Annual report on the working of the mental hospitals in the Madras Presidency - 1912-1932
Year: 1912
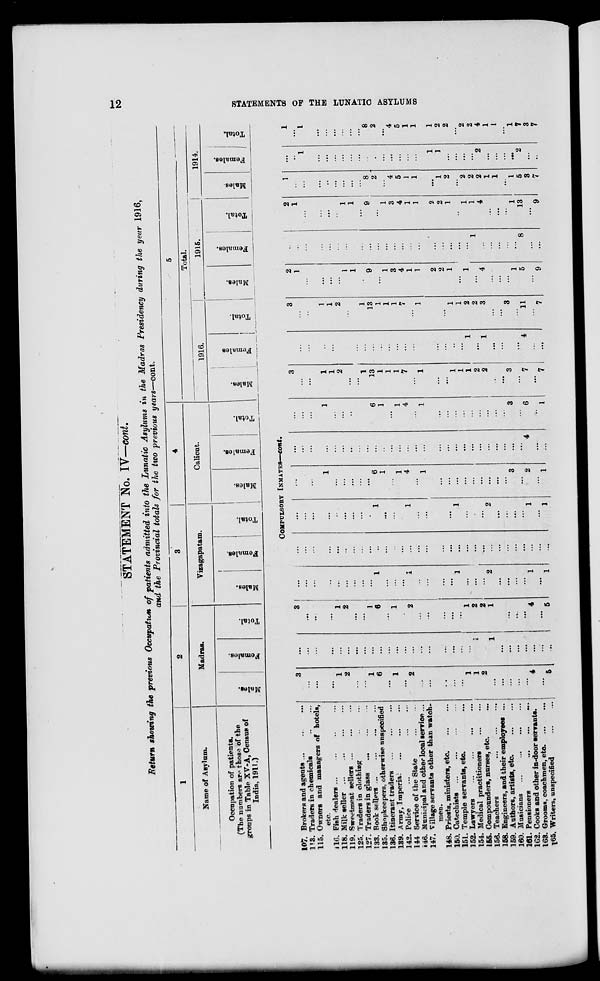
12
STATEMENTS OF THE LUNATIC ASYLUMS
STATEMENT No. IV—cont.
Return showing the previous Occupation of patients admitted into the Lunatic Asylums in the Madras Presidency during the year 1916,
and the Provincial totals for the two previous years—cont.
1
Name of Asylum.
Occupation of patients.
(The numbers are those of the
groups in Table XV-A, Census of
India, 1911.)
2
Madras.
Males.
Females.
Total.
3
Vizagapatam.
Males.
Females.
Total.
4
Calicut.
Males.
Females.
Total.
5
Total.
1916.
Males.
Females.
Total.
1915.
Males.
Females.
Total.
1914.
Males.
Females.
Total.
COMPULSORY INMATES—cont.
107. Brokers and agents ... ... ...
113. Traders in chemicals
...
...
115. Owners and managers of hotels,
etc.
116. Fish dealers ... ... ... ...
118. Milk seller ...
...
...
...
119. Sweetmeat sellers
...
...
...
125. Traders in clothing
...
...
127. Traders in glass
...
...
...
133. Book sellers
...
...
...
...
135. Shopkeepers, otherwise unspecified
136. Itinerant traders
...
...
...
139. Army, Imperial
...
...
...
142. Police
...
...
...
...
144. Service of the State
...
...
146. Municipal and other local service ...
147. Village servants other than watch-
men.
148. Priests, ministers, etc.
...
...
150.
Catechists ... ... ... ...
151. Temple servants, etc. ...
152. Lawyers
...
...
...
...
154. Medical practitioners
...
...
155. Compounders, nurses, etc. ...
156. Teachers
...
...
...
158. Engineers, and their employees ...
159. Authors, artists, etc.
...
...
160. Musicians
...
...
...
...
161. Pensioners
...
...
...
162. Cooks and other in-door servants.
163. Grooms, coachmen, etc. ... ...
165. Writers, unspecified ... ...
3
...
...
...
1
2
...
...
1
6
...
1
...
2
...
...
...
...
...
1
1
2
...
...
...
...
...
4
...
5
...
...
...
...
...
...
...
...
...
...
...
...
...
...
...
...
...
...
...
...
1
...
1
...
...
...
...
...
...
...
3
...
...
...
1
2
...
...
1
6
...
1
...
2
...
...
...
...
...
1
2
2
1
...
...
...
...
4
...
5
...
...
...
...
...
...
...
...
...
1
...
...
...
1
...
...
...
...
1
...
...
...
2
...
...
...
...
1
...
1
...
...
...
...
...
...
...
...
...
...
...
...
...
...
...
...
...
...
...
...
...
...
...
...
...
...
...
...
...
...
...
...
...
...
...
...
...
...
...
1
...
...
...
1
...
...
...
...
1
...
...
...
2
...
...
...
...
1
...
1
...
...
...
1
...
...
...
...
...
6
1
...
1
4
...
1
...
...
...
...
... ...
...
...
...
3
...
2
...
1
...
...
...
...
...
...
...
...
...
...
...
...
...
...
...
...
...
...
...
...
...
...
...
...
...
...
...
4
...
...
...
...
...
1
...
...
..
...
...
6
1
...
1
4
...
1
...
...
...
...
...
...
...
...
...
3
...
6
...
1
3
...
...
1
1
2
...
...
1
13
1
1
1
7
...
1
...
...
1
1
1
2
2
...
...
3
...
7
...
7
...
...
...
...
...
...
...
...
...
...
...
...
...
...
...
...
...
...
...
...
1
...
1
...
...
...
...
4
...
...
3
...
...
1
1
2
...
...
1
13
1
1
1
7
...
1
...
...
1
1
2
2
3
...
...
3
...
11
...
7
2
1
...
...
...
...
1
1
...
9
...
1
3
4
1
1
2
2
1
...
1
...
4
...
...
...
1
5
...
9
...
...
...
...
...
...
...
...
...
...
...
...
...
...
...
...
...
...
...
...
...
1
...
...
...
...
...
8
...
...
2
1
...
...
...
...
1
1
...
9
...
1
3
4
1
1
2
2
1
...
1
1
4
...
...
...
1
13
...
9
1
...
...
...
...
...
...
...
...
8
2
...
4
5
1
1
...
1
2
...
2
2
2
1
1
...
1
5
3
7
...
...
1
...
...
...
...
...
...
...
...
...
...
...
...
...
1
1
...
...
...
...
2
...
...
...
...
2
...
...
1
...
1
...
...
...
...
...
...
8
2
...
4
5
1
1
1
2
2
...
2
2
4
1
1
...
1
7
3
7